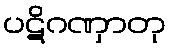
ပဋိဂဏှာတု